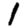
Digit: 1